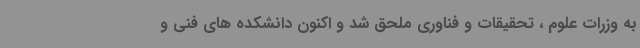
به وزرات علوم ، تحقیقات و فناوری ملحق شد و اکنون دانشکده های فنی و